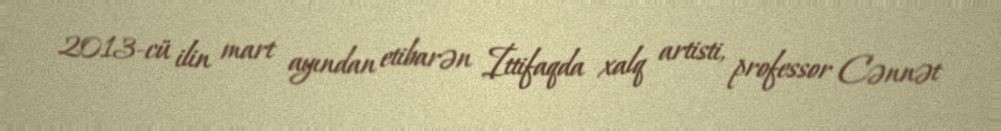
2013-cü ilin mart ayından etibarən İttifaqda xalq artisti, professor Cənnət